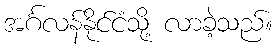
အင်္ဂလန်နိုင်ငံသို့ လာခဲ့သည်။